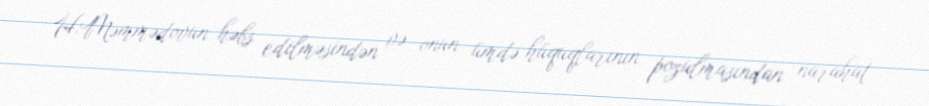
H.Məmmədovun həbs edilməsindən və onun ümdə hüquqlarının pozulmasından narahat